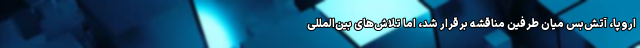
اروپا، آتش‌بس میان طرفین مناقشه برقرار شد، اما تلاش‌های بین‌المللی